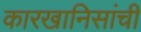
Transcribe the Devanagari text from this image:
कारखानिसांची